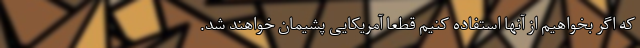
که اگر بخواهیم از آنها استفاده کنیم قطعا آمریکایی پشیمان خواهند شد.